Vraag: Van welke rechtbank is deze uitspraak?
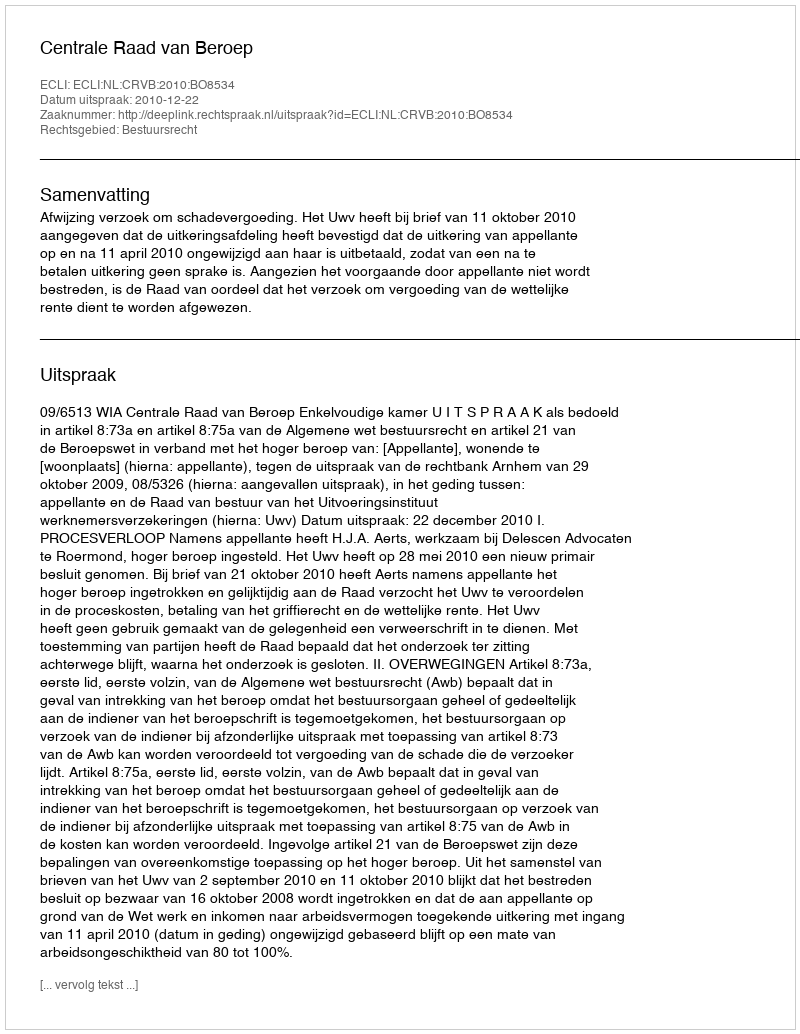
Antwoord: Centrale Raad van Beroep